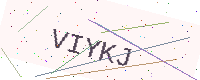
Text: VIYKJ